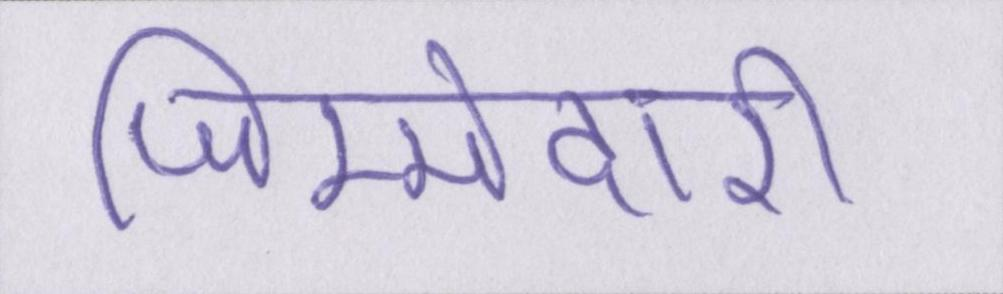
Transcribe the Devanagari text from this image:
जिम्मेदारी